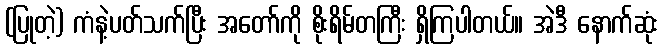
(ပြုတဲ့) ကံနဲ့ပတ်သက်ပြီး အတော်ကို စိုးရိမ်တကြီး ရှိကြပါတယ်။ အဲဒီ နောက်ဆုံး